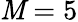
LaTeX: \mathit{M}=5